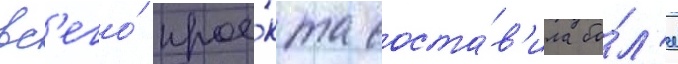
вс'его́ прое́кта соста́в'ила бо́л'ее